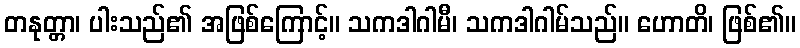
တနုတ္တာ၊ ပါးသည်၏ အဖြစ်ကြောင့်။ သကဒါဂါမီ၊ သကဒါဂါမ်သည်။ ဟောတိ၊ ဖြစ်၏။